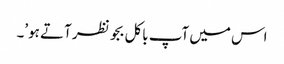
اس میں آپ باکل بجو نظر آتے ہو’۔